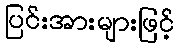
ပြင်းအားများဖြင့်